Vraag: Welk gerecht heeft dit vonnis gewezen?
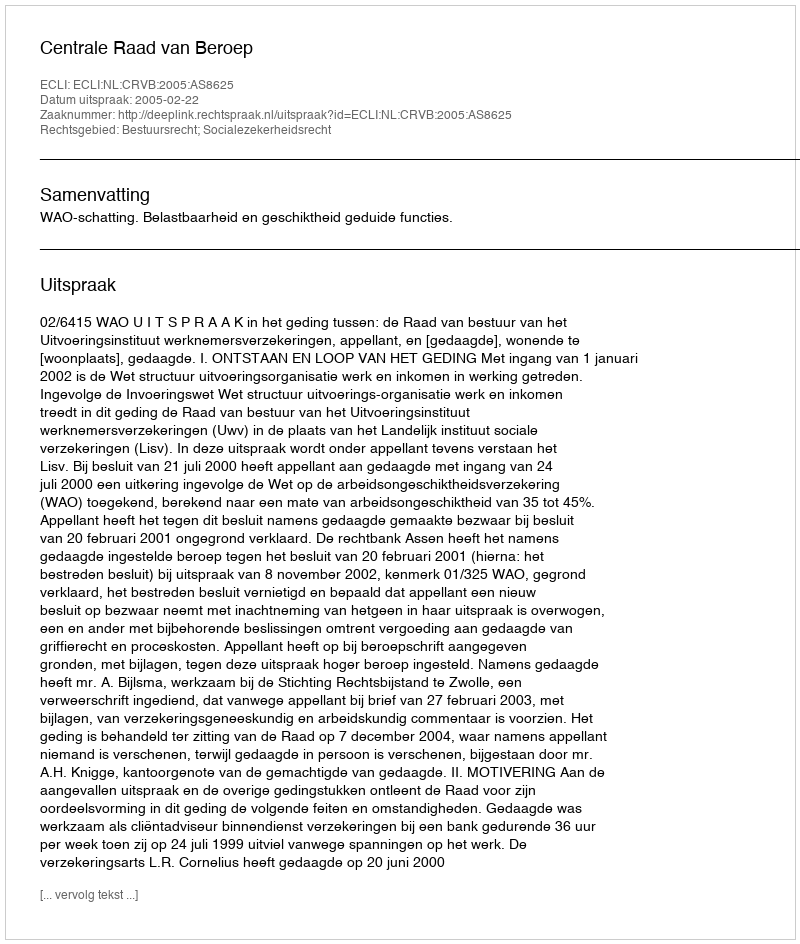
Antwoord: Centrale Raad van Beroep